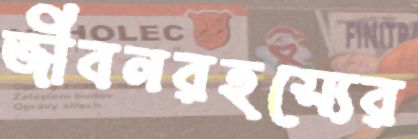
জীবনরহস্যের